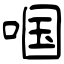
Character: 啯